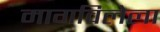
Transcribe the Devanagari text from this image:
मागविलेला